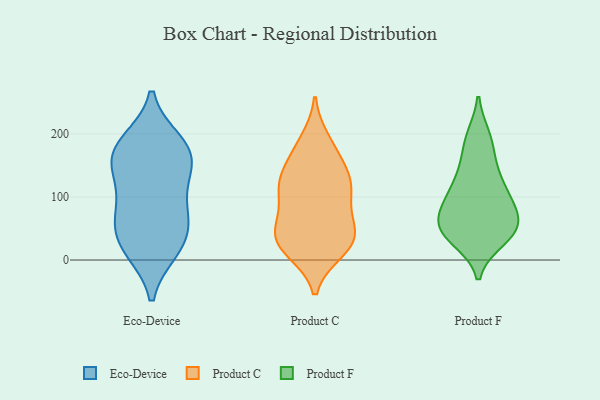
{"axis": {"x": "Operating Costs (USD K)", "y": "Value"}, "legend": ["Eco-Device", "Product C", "Product F"], "data": [{"x": "", "y": 176, "type": "Eco-Device"}, {"x": "", "y": 133, "type": "Eco-Device"}, {"x": "", "y": 16, "type": "Eco-Device"}, {"x": "", "y": 177, "type": "Eco-Device"}, {"x": "", "y": 18, "type": "Eco-Device"}, {"x": "", "y": 72, "type": "Eco-Device"}, {"x": "", "y": 151, "type": "Eco-Device"}, {"x": "", "y": 65, "type": "Eco-Device"}, {"x": "", "y": 134, "type": "Eco-Device"}, {"x": "", "y": 87, "type": "Eco-Device"}, {"x": "", "y": 174, "type": "Eco-Device"}, {"x": "", "y": 54, "type": "Eco-Device"}, {"x": "", "y": 23, "type": "Eco-Device"}, {"x": "", "y": 187, "type": "Eco-Device"}, {"x": "", "y": 190, "type": "Product C"}, {"x": "", "y": 39, "type": "Product C"}, {"x": "", "y": 106, "type": "Product C"}, {"x": "", "y": 125, "type": "Product C"}, {"x": "", "y": 178, "type": "Product C"}, {"x": "", "y": 17, "type": "Product C"}, {"x": "", "y": 105, "type": "Product C"}, {"x": "", "y": 125, "type": "Product C"}, {"x": "", "y": 14, "type": "Product C"}, {"x": "", "y": 66, "type": "Product C"}, {"x": "", "y": 134, "type": "Product C"}, {"x": "", "y": 37, "type": "Product C"}, {"x": "", "y": 120, "type": "Product C"}, {"x": "", "y": 40, "type": "Product C"}, {"x": "", "y": 19, "type": "Product C"}, {"x": "", "y": 161, "type": "Product C"}, {"x": "", "y": 40, "type": "Product C"}, {"x": "", "y": 71, "type": "Product C"}, {"x": "", "y": 195, "type": "Product F"}, {"x": "", "y": 171, "type": "Product F"}, {"x": "", "y": 196, "type": "Product F"}, {"x": "", "y": 103, "type": "Product F"}, {"x": "", "y": 49, "type": "Product F"}, {"x": "", "y": 69, "type": "Product F"}, {"x": "", "y": 115, "type": "Product F"}, {"x": "", "y": 50, "type": "Product F"}, {"x": "", "y": 32, "type": "Product F"}, {"x": "", "y": 60, "type": "Product F"}, {"x": "", "y": 46, "type": "Product F"}, {"x": "", "y": 98, "type": "Product F"}, {"x": "", "y": 33, "type": "Product F"}, {"x": "", "y": 79, "type": "Product F"}, {"x": "", "y": 40, "type": "Product F"}, {"x": "", "y": 67, "type": "Product F"}, {"x": "", "y": 142, "type": "Product F"}, {"x": "", "y": 138, "type": "Product F"}, {"x": "", "y": 100, "type": "Product F"}]}